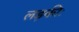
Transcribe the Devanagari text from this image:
लड़कीः